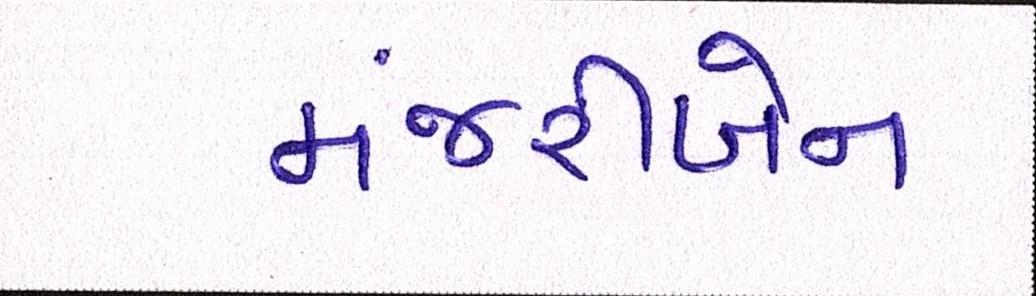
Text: મંજરીબેન